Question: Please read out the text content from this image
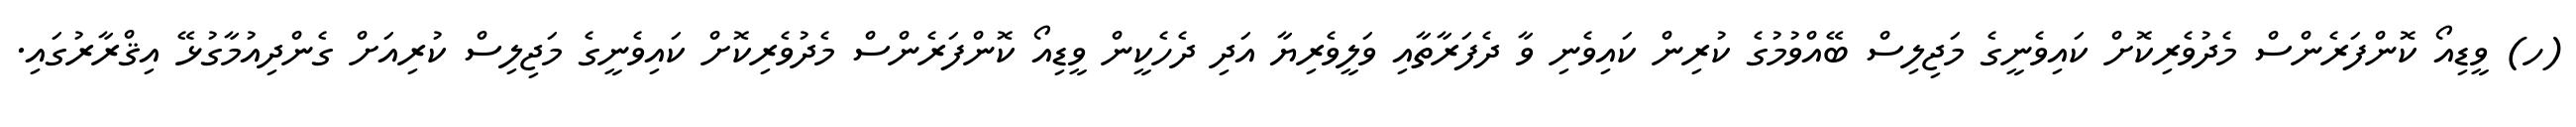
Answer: (ހ) ވީޑިއޯ ކޮންފަރެންސް މެދުވެރިކޮށް ކައިވެނީގެ މަޖިލިސް ބޭއްވުމުގެ ކުރިން ކައިވެނި ވާ ދެފަރާތާއި ވަލީވެރިޔާ އަދި ދެހެކީން ވީޑިއޯ ކޮންފަރެންސް މެދުވެރިކޮށް ކައިވެނީގެ މަޖިލިސް ކުރިއަށް ގެންދިއުމާގުޅޭ އިޤްރާރުގައި.